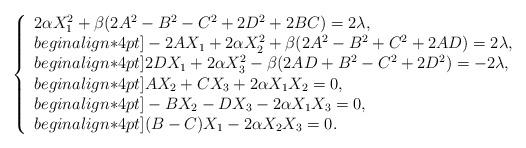
LaTeX: \begin{align*}\left\{\begin{array}{l}2 \alpha X_1^2+\beta(2A^2- B^2- C^2+2D^2+2BC)=2\lambda, \\begin{align*}4pt]-2A X_1+2 \alpha X_2^2+\beta(2A^2- B^2+ C^2+2AD)=2\lambda, \\begin{align*}4pt]2D X_1+2 \alpha X_3^2-\beta( 2AD+ B^2- C^2 +2D^2)=-2\lambda, \\begin{align*}4pt]A X_2 +C X_3 +2\alpha X_1X_2 =0, \\begin{align*}4pt]-B X_2 -D X_3 -2\alpha X_1X_3 =0, \\begin{align*}4pt](B-C) X_1-2\alpha X_2X_3 =0.\end{array}\right.\end{align*}